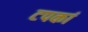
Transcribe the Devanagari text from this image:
टपकां